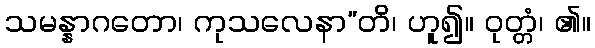
သမန္နာဂတော၊ ကုသလေနာ”တိ၊ ဟူ၍။ ဝုတ္တံ၊ ၏။